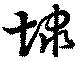
埭